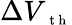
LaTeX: \Delta V_{\mathrm{~\scriptsize~t~h~}}